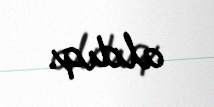
aldıq.